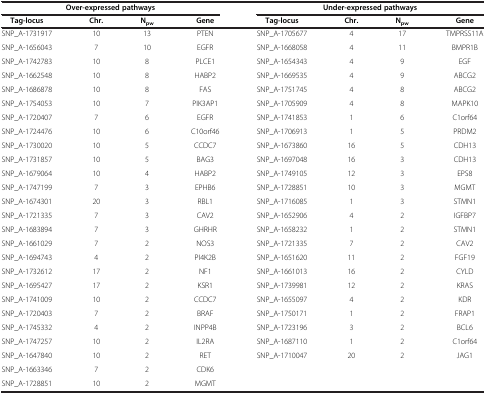
<table><thead><tr><td colspan="4"><b>Over-expressed pathways</b></td><td colspan="4"><b>Under-expressed pathways</b></td></tr><tr><td><b>Tag-locus</b></td><td><b>Chr.</b></td><td><b>N<sub>pw</sub></b></td><td><b>Gene</b></td><td><b>Tag-locus</b></td><td><b>Chr.</b></td><td><b>N<sub>pw</sub></b></td><td><b>Gene</b></td></tr></thead><tbody><tr><td>SNP_A-1731917</td><td>10</td><td>13</td><td>PTEN</td><td>SNP_A-1705677</td><td>4</td><td>17</td><td>TMPRSS11A</td></tr><tr><td>SNP_A-1656043</td><td>7</td><td>10</td><td>EGFR</td><td>SNP_A-1668058</td><td>4</td><td>11</td><td>BMPR1B</td></tr><tr><td>SNP_A-1742783</td><td>10</td><td>8</td><td>PLCE1</td><td>SNP_A-1654343</td><td>4</td><td>9</td><td>EGF</td></tr><tr><td>SNP_A-1662548</td><td>10</td><td>8</td><td>HABP2</td><td>SNP_A-1669535</td><td>4</td><td>9</td><td>ABCG2</td></tr><tr><td>SNP_A-1686878</td><td>10</td><td>8</td><td>FAS</td><td>SNP_A-1751745</td><td>4</td><td>8</td><td>ABCG2</td></tr><tr><td>SNP_A-1754053</td><td>10</td><td>7</td><td>PIK3AP1</td><td>SNP_A-1705909</td><td>4</td><td>8</td><td>MAPK10</td></tr><tr><td>SNP_A-1720407</td><td>7</td><td>6</td><td>EGFR</td><td>SNP_A-1741853</td><td>1</td><td>6</td><td>C1orf64</td></tr><tr><td>SNP_A-1724476</td><td>10</td><td>6</td><td>C10orf46</td><td>SNP_A-1706913</td><td>1</td><td>5</td><td>PRDM2</td></tr><tr><td>SNP_A-1730020</td><td>10</td><td>5</td><td>CCDC7</td><td>SNP_A-1673860</td><td>16</td><td>5</td><td>CDH13</td></tr><tr><td>SNP_A-1731857</td><td>10</td><td>5</td><td>BAG3</td><td>SNP_A-1697048</td><td>16</td><td>3</td><td>CDH13</td></tr><tr><td>SNP_A-1679064</td><td>10</td><td>4</td><td>HABP2</td><td>SNP_A-1749105</td><td>12</td><td>3</td><td>EPS8</td></tr><tr><td>SNP_A-1747199</td><td>7</td><td>3</td><td>EPHB6</td><td>SNP_A-1728851</td><td>10</td><td>3</td><td>MGMT</td></tr><tr><td>SNP_A-1674301</td><td>20</td><td>3</td><td>RBL1</td><td>SNP_A-1716085</td><td>1</td><td>3</td><td>STMN1</td></tr><tr><td>SNP_A-1721335</td><td>7</td><td>3</td><td>CAV2</td><td>SNP_A-1652906</td><td>4</td><td>2</td><td>IGFBP7</td></tr><tr><td>SNP_A-1683894</td><td>7</td><td>3</td><td>GHRHR</td><td>SNP_A-1658232</td><td>1</td><td>2</td><td>STMN1</td></tr><tr><td>SNP_A-1661029</td><td>7</td><td>2</td><td>NOS3</td><td>SNP_A-1721335</td><td>7</td><td>2</td><td>CAV2</td></tr><tr><td>SNP_A-1694743</td><td>4</td><td>2</td><td>PI4K2B</td><td>SNP_A-1651620</td><td>11</td><td>2</td><td>FGF19</td></tr><tr><td>SNP_A-1732612</td><td>17</td><td>2</td><td>NF1</td><td>SNP_A-1661013</td><td>16</td><td>2</td><td>CYLD</td></tr><tr><td>SNP_A-1695427</td><td>17</td><td>2</td><td>KSR1</td><td>SNP_A-1739981</td><td>12</td><td>2</td><td>KRAS</td></tr><tr><td>SNP_A-1741009</td><td>10</td><td>2</td><td>CCDC7</td><td>SNP_A-1655097</td><td>4</td><td>2</td><td>KDR</td></tr><tr><td>SNP_A-1720403</td><td>7</td><td>2</td><td>BRAF</td><td>SNP_A-1750171</td><td>1</td><td>2</td><td>FRAP1</td></tr><tr><td>SNP_A-1745332</td><td>4</td><td>2</td><td>INPP4B</td><td>SNP_A-1723196</td><td>3</td><td>2</td><td>BCL6</td></tr><tr><td>SNP_A-1747257</td><td>10</td><td>2</td><td>IL2RA</td><td>SNP_A-1687110</td><td>1</td><td>2</td><td>C1orf64</td></tr><tr><td>SNP_A-1647840</td><td>10</td><td>2</td><td>RET</td><td>SNP_A-1710047</td><td>20</td><td>2</td><td>JAG1</td></tr><tr><td>SNP_A-1663346</td><td>7</td><td>2</td><td>CDK6</td><td> </td><td> </td><td> </td><td> </td></tr><tr><td>SNP_A-1728851</td><td>10</td><td>2</td><td>MGMT</td><td> </td><td> </td><td> </td><td> </td></tr></tbody></table>